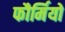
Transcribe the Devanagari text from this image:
फौर्मियो